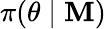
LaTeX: \pi(\theta\mid\mathbf{M})